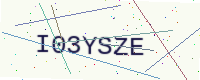
Text: I03YSZE